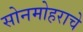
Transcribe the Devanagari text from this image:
सोनमोहराचे